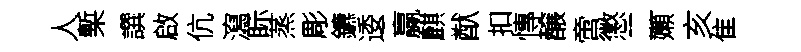
人槧譔啟伉瀉眎蒸彫鑣逶贏麒猷扣慱醸啻懲二嬾亥隹